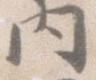
内